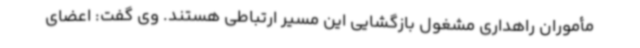
مأموران راهداری مشغول بازگشایی این مسیر ارتباطی هستند. وی گفت: اعضای